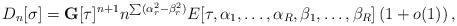
LaTeX: \begin{align*}D_{n}[\sigma]=\mathbf{G}[\tau]^{n+1}n^{\sum(\alpha_{r}^{2}-\beta_{r}^{2})}E[\tau,\alpha_{1},\ldots,\alpha_{R},\beta_{1},\ldots,\beta_{R}]\left( 1+o(1) \right),\end{align*}